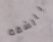
بالشقة